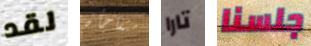
لقد متفاجأة تارا جلسنا